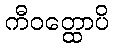
ကီဝတ္ထောပိ